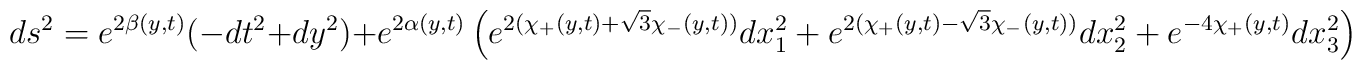
ds^2 = e^{2 \beta(y,t)}(-dt^2+dy^2)  + e^{2 \alpha(y,t)}\left( e^{2(\chi_{+} (y,t) +\sqrt{3} \chi_{-} (y,t) )} dx_1^2 +  e^{2(\chi_{+} (y,t) -\sqrt{3} \chi_{-} (y,t) )} dx_2^2 + e^{-4 \chi_{+} (y,t) } dx_3^2 \right)        \ .